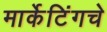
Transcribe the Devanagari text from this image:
मार्केटिंगचे